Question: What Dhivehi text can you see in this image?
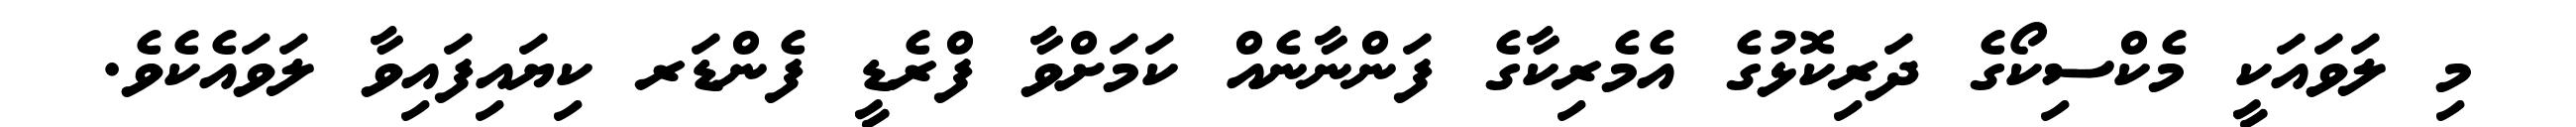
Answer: މި ލަވައަކީ މެކްސިކޯގެ ދަރިކޮޅުގެ އެމެރިކާގެ ފަންނާނެއް ކަމަށްވާ ފްރެޑީ ފެންޑަރ ކިޔައިފައިވާ ލަވައެކެވެ.